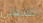
تشغلي